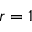
r = 1